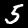
Label: 5